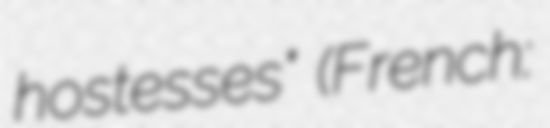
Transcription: hostesses" (French: